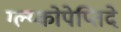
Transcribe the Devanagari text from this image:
ग्ल्य्कोपेप्तिदे